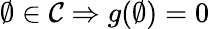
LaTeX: \emptyset\in{\mathcal{C}}\Rightarrow g(\emptyset)=0